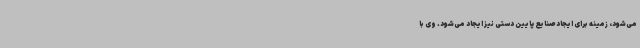
می‌شود، زمینه برای ایجاد صنایع پایین دستی نیز ایجاد می‌شود. وی با